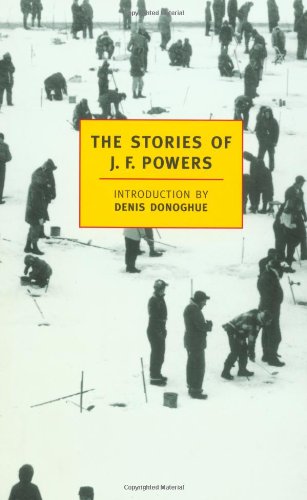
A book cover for The Stories of J.F. Powers (New York Review Books Classics); J.F. Powers; Religion & Spirituality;